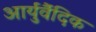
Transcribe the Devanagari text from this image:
आर्युर्वैदिक